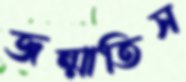
জন্মাতিস